Leprosy in India: report of the Leprosy Commission in India, 1890-91
Year: 1890
Disease focus: Leprosy
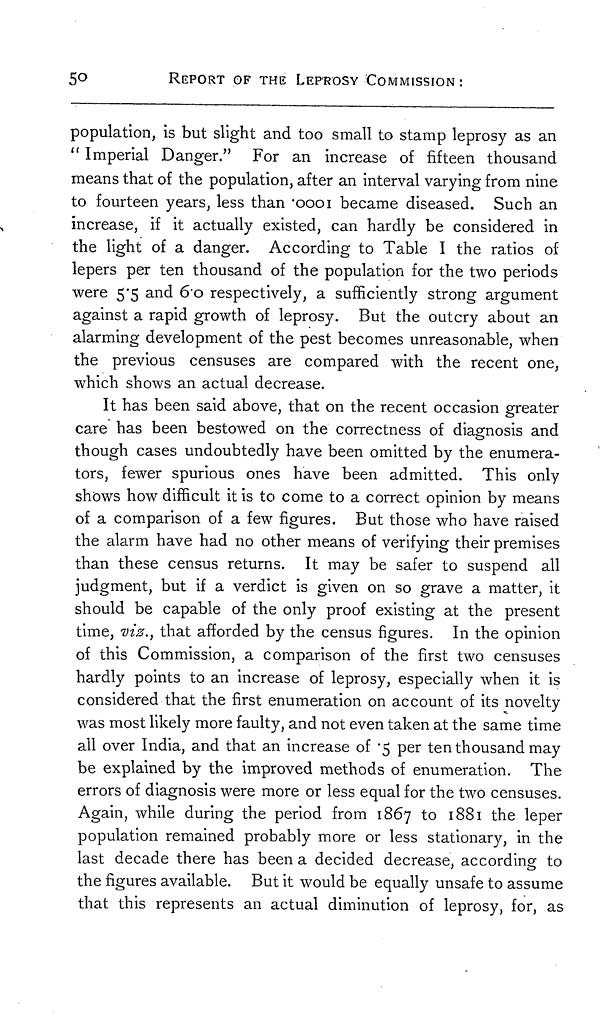
5 0
REPORT OF THE LEPROSY COMMISSION :
population, is but slight and too small to stamp leprosy as an
" Imperial Danger." For an increase of fifteen thousand
means that of the population, after an interval varying from nine
to fourteen years, less than .ooo1 became diseased. Such an
increase, if it actually existed, can hardly be considered in
the light of a danger. According to Table I the ratios of
lepers per ten thousand of the population for the two periods
were 5.5 and 6.o respectively, a sufficiently strong argument
against a rapid growth of leprosy. But the outcry about an
alarming development of the pest becomes unreasonable, when
the previous censuses are compared with the recent one,
which shows an actual decrease.
It has been said above, that on the recent occasion greater
care has been bestowed on the correctness of diagnosis and
though cases undoubtedly have been omitted by the enumera-
tors, fewer spurious ones have been admitted. This only
shows how difficult it is to come to a correct opinion by means
of a comparison of a few figures. But those who have raised
the alarm have had no other means of verifying their premises
than these census returns. It may be safer to suspend all
judgment, but if a verdict is given on so grave a matter, it
should be capable of the only proof existing at the present
time, viz., that afforded by the census figures. In the opinion
of this Commission, a comparison of the first two censuses
hardly points to an increase of leprosy, especially when it is
considered that the first enumeration on account of its novelty
was most likely more faulty, and not even taken at the same time
all over India, and that an increase of .5 per ten thousand may
be explained by the improved methods of enumeration. The
errors of diagnosis were more or less equal for the two censuses.
Again, while during the period from 1867 to 1881 the leper
population remained probably more or less stationary, in the
last decade there has been a decided decrease, according to
the figures available. But it would be equally unsafe to assume
that this represents an actual diminution of leprosy, for, as